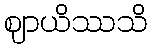
ဈာယိဿသိ